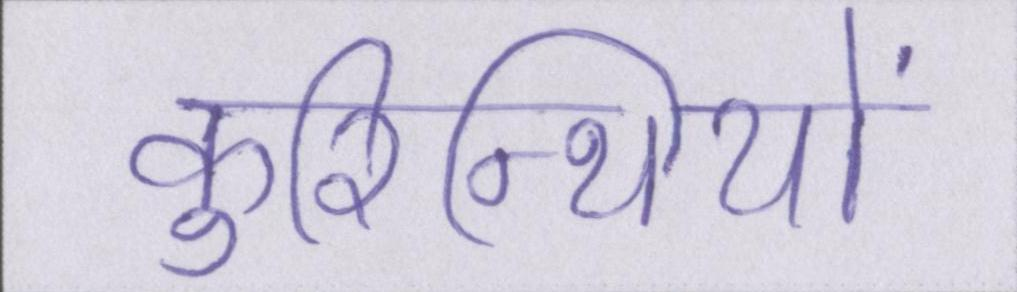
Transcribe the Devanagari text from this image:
कुरिन्थियों